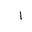
Letter: _alif